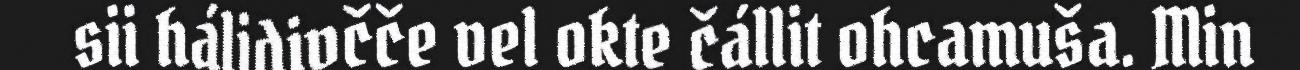
sii hálidivčče vel okte čállit ohcamuša. Min